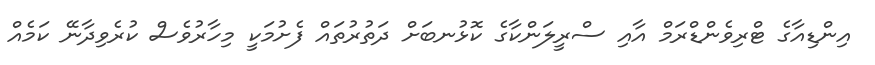
އިންޑިއާގެ ޓްރިވެންޑްރަމް އާއި ސްރީލަންކާގެ ކޮޅުނބަށް ދަތުރުތައް ފެށުމަކީ މިހާރުވެސް ކުރެވިދާނޭ ކަމެއް